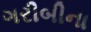
ગરીબીના